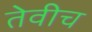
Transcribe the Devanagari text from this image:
तेवीच